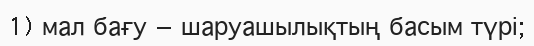
1) мал бағу — шаруашылықтың басым түрі;